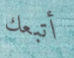
أتبعك